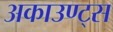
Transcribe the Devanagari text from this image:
अकाउण्ट्स